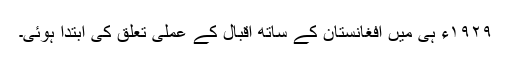
١٩٢٩ء ہی میں افغانستان کے ساتھ اقبال کے عملی تعلق کی ابتدا ہوئی۔